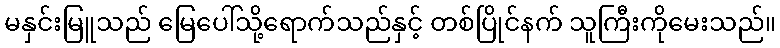
မနှင်းမြူသည် မြေပေါ်သို့ရောက်သည်နှင့် တစ်ပြိုင်နက် သူကြီးကိုမေးသည်။